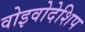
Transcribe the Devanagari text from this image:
वोइवोदेशिप